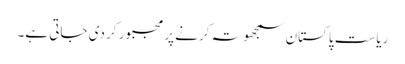
ریاست پاکستان سمجھوتہ کرنے پر مجبور کر دی جاتی ہے۔